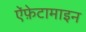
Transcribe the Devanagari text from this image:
ऐंफ़ेटामाइन